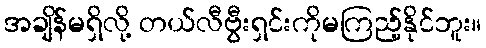
အချိန်မရှိလို့ တယ်လီဗွီးရှင်းကိုမကြည့်နိုင်ဘူး။